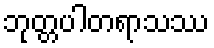
ဘုတ္တပါတရာသဿ